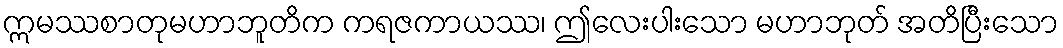
ဣမဿစာတုမဟာဘူတိက ကရဇကာယဿ၊ ဤလေးပါးသော မဟာဘုတ် အတိပြီးသော